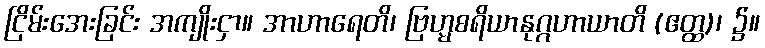
ငြိမ်းအေးခြင်း အကျိုးငှာ။ အာဟာရေတိ၊ ဗြဟ္မစရိယာနုဂ္ဂဟာယာတိ (ဧတ္ထ)၊ ၌။